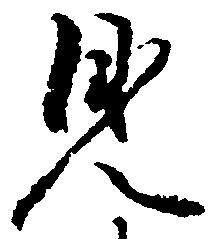
見